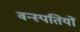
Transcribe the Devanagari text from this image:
वन्स्पतियों